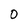
Character: 0